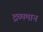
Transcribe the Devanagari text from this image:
द्रव्ममान